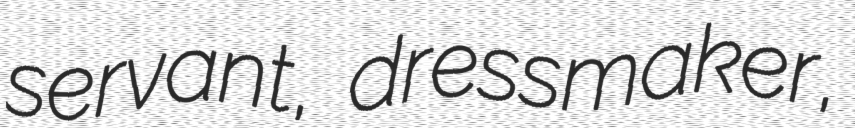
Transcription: servant, dressmaker,